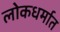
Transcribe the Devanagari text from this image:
लोकधर्मात